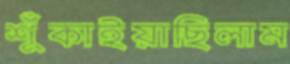
শুঁকাইয়াছিলাম